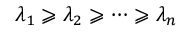
\lambda _ { 1 } \geqslant \lambda _ { 2 } \geqslant \dotsb \geqslant \lambda _ { n }